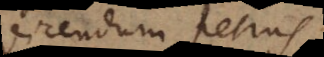
dicendum Petrus